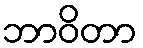
ဘာဝိတာ